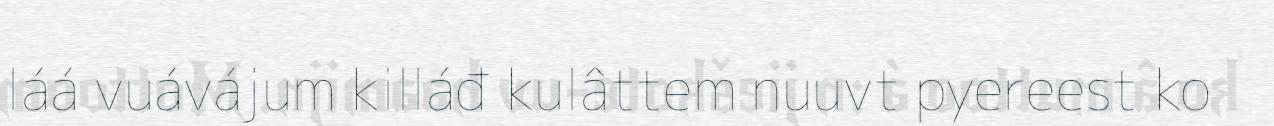
láá vuávájum killáđ kulâttem nuuvt pyereest ko